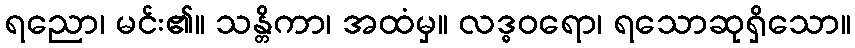
ရညော၊ မင်း၏။ သန္တိကာ၊ အထံမှ။ လဒ္ဓဝရော၊ ရသောဆုရှိသော။